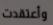
وأعتقدت